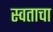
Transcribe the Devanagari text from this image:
स्वताचा